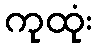
ကုထုံး